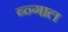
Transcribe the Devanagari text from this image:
ब्न्गाल